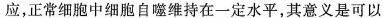
应，正常细胞中细胞自噬维持在一定水平，其意义是可以